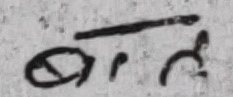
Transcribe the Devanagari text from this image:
ओरि